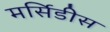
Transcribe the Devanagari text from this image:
मर्सिडीस